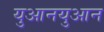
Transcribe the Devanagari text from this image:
युआनयुआन